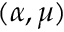
( \alpha , \mu )